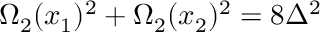
\Omega _ { 2 } ( x _ { 1 } ) ^ { 2 } + \Omega _ { 2 } ( x _ { 2 } ) ^ { 2 } = 8 \Delta ^ { 2 }